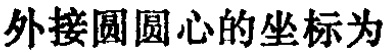
外接圆圆心的坐标为